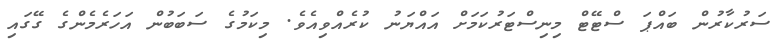
ސަރުކާރުން ބައްޕަ ސްޓޭޓް މިނިސްޓަރުކަމަށް އައްޔަނު ކުރެއްވިއެވެ. މިކަމުގެ ސަބަބުން އަހަރެމެންގެ ގޭގައި